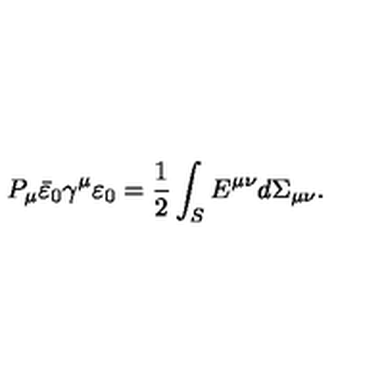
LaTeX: P _ { \mu } \bar { \varepsilon } _ { 0 } \gamma ^ { \mu } \varepsilon _ { 0 } = { \frac { 1 } { 2 } } \int _ { S } E ^ { \mu \nu } d \Sigma _ { \mu \nu } .